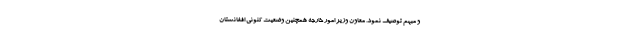
و مبهم توصیف نمود. معاون وزیر امور خارجه همچنین وضعیت کنونی افغانستان